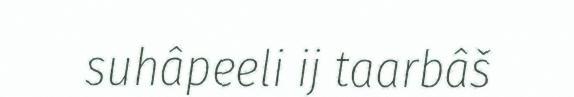
suhâpeeli ij taarbâš